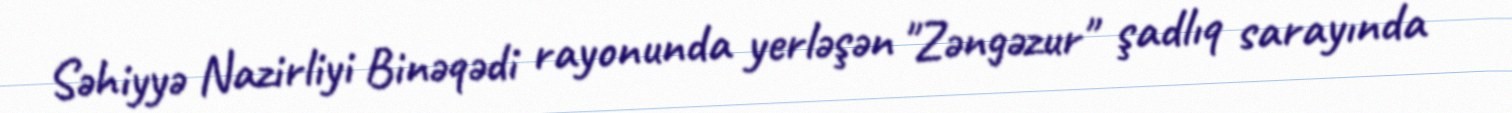
Səhiyyə Nazirliyi Binəqədi rayonunda yerləşən "Zəngəzur" şadlıq sarayında